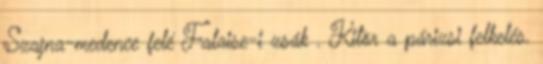
Szajna-medence felé Falaise-i zsák . Kitör a párizsi felkelés.